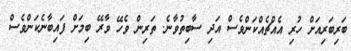
ބަރިބަރިއަށް ހުރި އެއްޗެއްކަންވެސް އަދި ސާބިތުވާނެ. ތަރިން ވެހޭ ވާރޭ ބިމަށް ފައިބާނެކަންވެސް